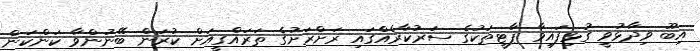
އިބޫ ވިދާޅުވީ ގުޅިފައިވާ ޕާޓީތަކުގެ ސަރުކާރެއްގައި ރަށްރަށުގެ ތަރައްގީއަށް ކުރަން ބޭނުންވާ ކަންކަން